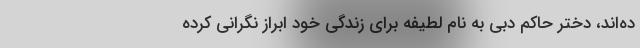
ده‌اند، دختر حاکم دبی به نام لطیفه برای زندگی خود ابراز نگرانی کرده